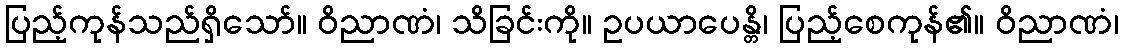
ပြည့်ကုန်သည်ရှိသော်။ ဝိညာဏံ၊ သိခြင်းကို။ ဥပယာပေန္တိ၊ ပြည့်စေကုန်၏။ ဝိညာဏံ၊